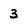
Character: 3